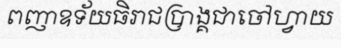
ពញាឧទ័យធិរាជប្រាង្គជាចៅហ្វាយ